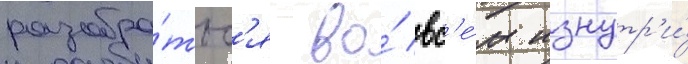
разобра́тьс'я во́ вс'е́м изнутр'и́